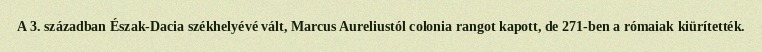
A 3. században Észak-Dacia székhelyévé vált, Marcus Aureliustól colonia rangot kapott, de 271-ben a rómaiak kiürítették.